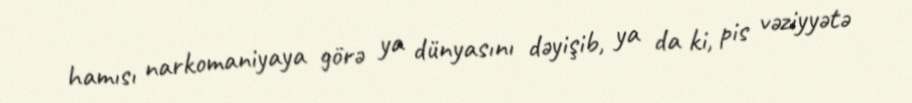
hamısı narkomaniyaya görə ya dünyasını dəyişib, ya da ki, pis vəziyyətə